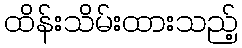
ထိန်းသိမ်းထားသည့်